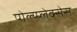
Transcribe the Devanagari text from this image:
पोल्य्प्लेक्सेस